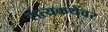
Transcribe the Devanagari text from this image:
सत्यकथेवर